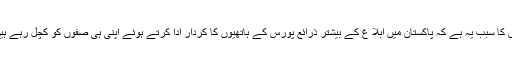
اس کا سبب یہ ہے کہ پاکستان میں ابلا غ کے بیشتر ذرائع پورس کے ہاتھیوں کا کردار ادا کرتے ہوئے اپنی ہی صفوں کو کچل رہے ہیں۔